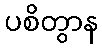
ပစိတွာန